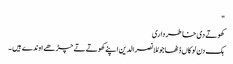
"
کھوتے دی خاطر داری
ہک دن لوکاں ڈٹھا جو مُلا نصرالدین اپنے کھوتے تے چڑھے اوندے ہیں ۔